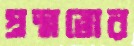
প্রশ্নত্তোর